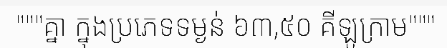
"""គ្នា ក្នុងប្រភេទទម្ងន់ ៦៣,៥០ គីឡូក្រាម"""